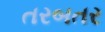
તરબતર